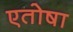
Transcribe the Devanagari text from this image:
एतोषा